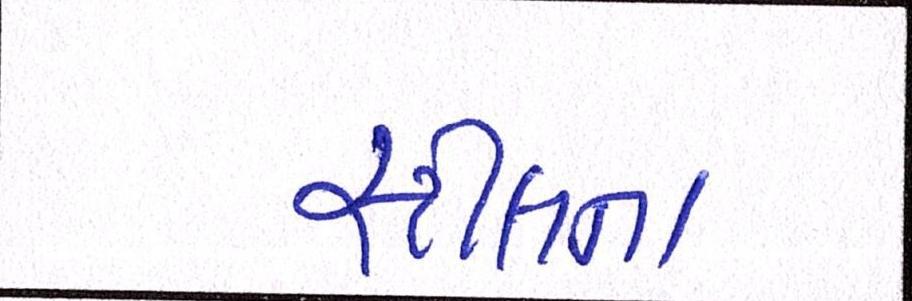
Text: સ્ટીલના